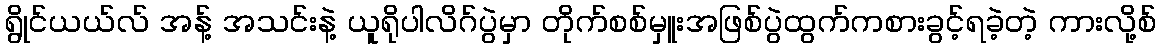
ရွိုင်ယယ်လ် အန့် အသင်းနဲ့ ယူရိုပါလိဂ်ပွဲမှာ တိုက်စစ်မှူးအဖြစ်ပွဲထွက်ကစားခွင့်ရခဲ့တဲ့ ကားလို့စ်